Mental hospitals Bombay report 1929-33 - 1929-1933
Year: 1929
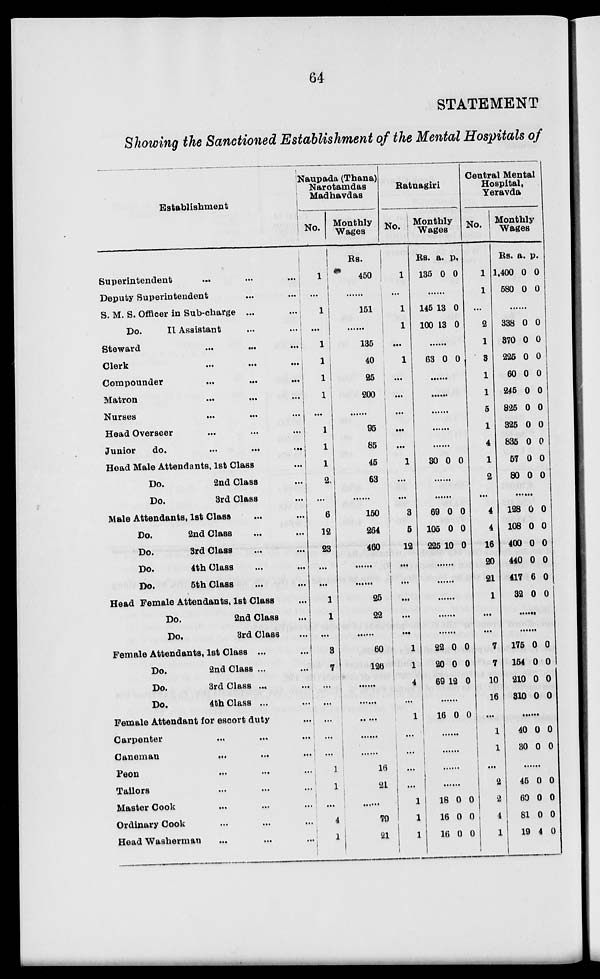
64
STATEMENT
Showing the Sanctioned Establishment of the Mental Hospitals of
Establishment
Superintendent
...
...
...
Deputy Superintendent
...
...
S. M. S. Officer in Sub-charge ...
...
Do.
II Assistant
...
...
Steward
...
...
...
Clerk
...
...
...
Compounder ... ... ...
Matron ... ... ...
Nurses ... ... ...
Head Overseer ... ... ...
Junior
do.
...
...
Head Male Attendants, 1st Class ...
Do.
2nd Class...
Do.
3rd Class...
Male Attendants, 1st Class...
Do.
2nd Class... ...
Do.
3rd Class ... ...
Do.
4th Class ... ...
Do.
5th Class ... ...
Head Female Attendants, 1st Class...
Do.
2nd Class ...
Do.
3rd Class ...
Female Attendants, 1st Class ... ...
Do.
2nd Class ... ...
Do.
3rd Class ... ...
Do.
4th Class ... ...
Female Attendant for escort duty ...
Carpenter ... ... ...
Caneman
... ... ...
Peon ... ... ...
Tailors ... ... ...
Master Cook ... ... ...
Ordinary Cook ... ... ...
Head Washerman ... ... ...
Naupada (Thana)
Narotamdas
Madhavdas
No.
1
...
1
...
1
1
1
1
...
1
1
1
2.
...
6
12
23
...
...
1
1
...
3
7
...
...
...
...
...
1
1
...
4
1
Monthly
Wages
Rs.
450
......
151
......
135
40
25
200
1
95
85
45
63
......
150
264
460
......
......
25
22
......
60
126
......
...
......
......
......
16
21
...
70
21
Ratnagiri
No.
1
...
1
1
...
1
...
...
...
...
...
1
...
...
3
6
12
...
...
...
...
...
1
1
4
...
1
...
...
...
...
1
1
1
Monthly
Wages
Rs.
135
a.
0
p.
0
......
145
100
13
13
0
0
......
63 0 0
......
......
......
......
......
30 0 0
......
......
69
105
225
0
0
10
0
0
0
......
......
......
......
......
22
20
69
0
0
12
0
0
0
.....
16 0 0
......
......
1
......
18
16
16
0
0
0
0
0
0
Central Mental
Hospital,
Yeravda
No.
1
1
...
2
1
3
1
1
5
1
4
1
2
...
4
4
16
20
21
1
...
...
7
7
10
16
...
1
1
...
2
2
4
1
Monthly
Wages
Rs.
1,400
580
a.
0
0
p.
0
0
......
338
370
225
60
245
825
325
835
57
80
0
0
0
0
0
0
0
0
0
0
0
0
0
0
0
0
0
0
0
0
......
128
108
400
440
417
32
0
0
0
0
6
0
0
0
0
0
0
0
......
......
175
154
210
810
0
0
0
0
0
0
0
0
......
40
30
0
0
0
0
......
45
60
81
19
0
0
0
4
0
0
0
0